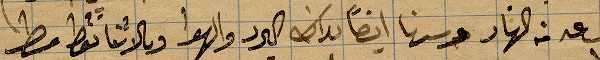
الساعة ١ من النهار وسرنا ايضًأ بذاك البرد الهوا و... مطر